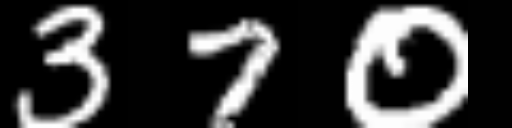
Text: 370